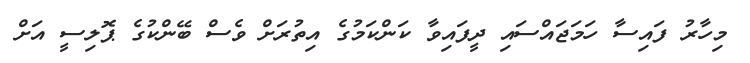
މިހާރު ފައިސާ ހަމަޖައްސައި ދީފައިވާ ކަންކަމުގެ އިތުރަށް ވެސް ބޭންކުގެ ޕޮލިސީ އަށް